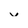
Character: v